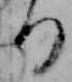
る